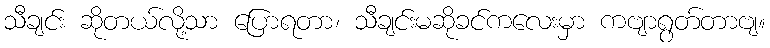
သီချင်း ဆိုတယ်လို့သာ ပြောရတာ၊ သီချင်းမဆိုခင်ကလေးမှာ ကဗျာရွတ်တာဗျ။